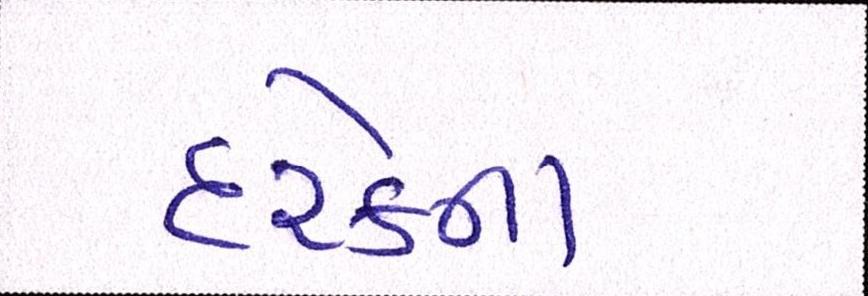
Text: દરેકના